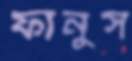
ফানুস